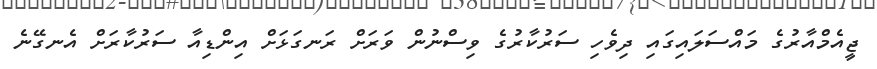
ޖީއެމްއާރުގެ މައްސަލައިގައި ދިވެހި ސަރުކާރުގެ ވިސްނުން ވަރަށް ރަނގަޅަށް އިންޑިއާ ސަރުކާރަށް އެނގޭނެ